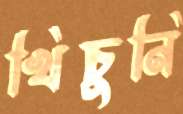
খিঁচুনি